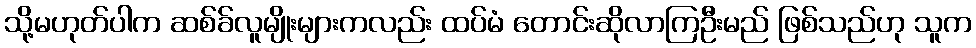
သို့မဟုတ်ပါက ဆစ်ခ်လူမျိုးများကလည်း ထပ်မံ တောင်းဆိုလာကြဦးမည် ဖြစ်သည်ဟု သူက